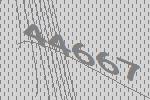
44667